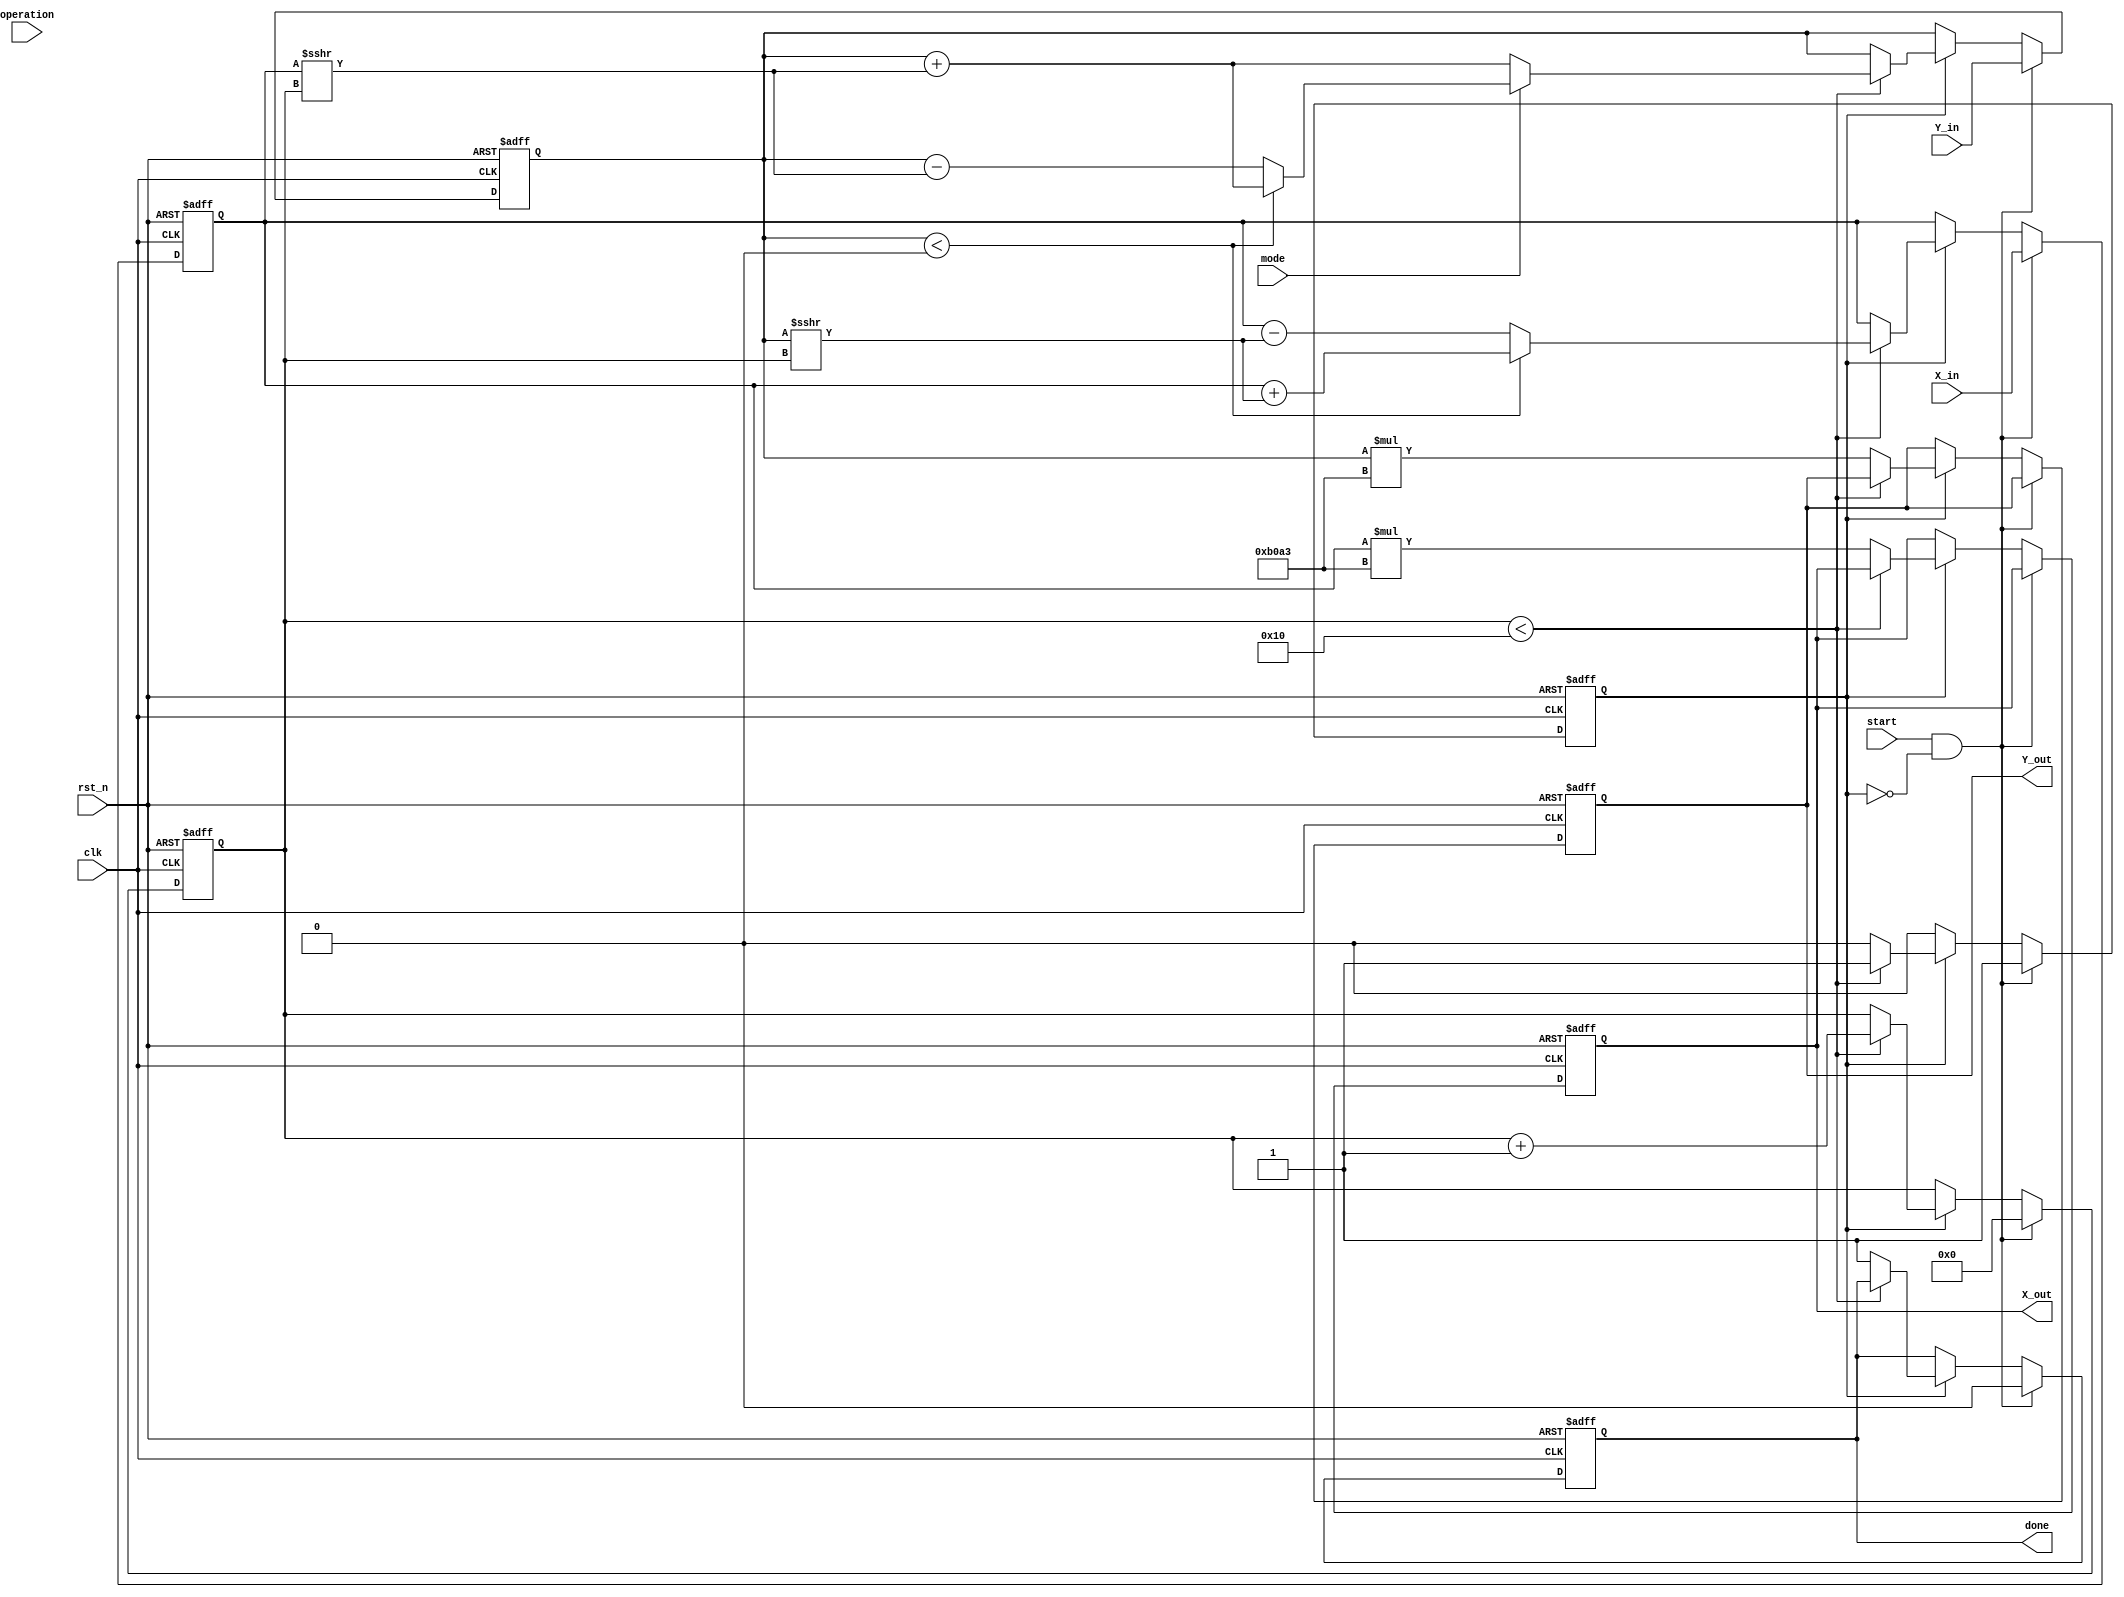
module complex_cordic (
    input clk,
    input rst_n,
    input [15:0] X_in,      // Input real part
    input [15:0] Y_in,      // Input imaginary part
    input [3:0] operation,  // Control signal for rotation or vectoring
    input mode,             // Mode signal: 0 for rotation, 1 for vectoring
    input start,            // Start signal for CORDIC process
    output reg [15:0] X_out, // Output real part
    output reg [15:0] Y_out, // Output imaginary part
    output reg done         // Done signal indicating process completion
);

parameter NUM_ITERATIONS = 16; // Configurable number of iterations
parameter [15:0] scaling_factor = 16'hB0A3; // 1/K for K factor (scaled)

// Internal registers
reg [15:0] X, Y;
reg [15:0] angle_lookup [0:NUM_ITERATIONS-1]; // Angle lookup table
reg [4:0] iteration;  // Iteration counter
reg processing;       // Processing flag

// Initialize angle lookup table (arctangent values)
initial begin
    // Example initialization values (in Q15 format)
    angle_lookup[0]  = 16'hD1BD; // atan(2^0)
    angle_lookup[1]  = 16'hA3D7; // atan(2^-1)
    angle_lookup[2]  = 16'h69F0; // atan(2^-2)
    angle_lookup[3]  = 16'h3C90; // atan(2^-3)
    angle_lookup[4]  = 16'h1E38; // atan(2^-4)
    angle_lookup[5]  = 16'h0F1D; // atan(2^-5)
    angle_lookup[6]  = 16'h07E2; // atan(2^-6)
    angle_lookup[7]  = 16'h03FC; // atan(2^-7)
    angle_lookup[8]  = 16'h01FF; // atan(2^-8)
    angle_lookup[9]  = 16'h00FF; // atan(2^-9)
    angle_lookup[10] = 16'h007F; // atan(2^-10)
    angle_lookup[11] = 16'h003F; // atan(2^-11)
    angle_lookup[12] = 16'h001F; // atan(2^-12)
    angle_lookup[13] = 16'h000F; // atan(2^-13)
    angle_lookup[14] = 16'h0007; // atan(2^-14)
    angle_lookup[15] = 16'h0003; // atan(2^-15)
end

// Finite State Machine for Control
always @(posedge clk or negedge rst_n) begin
    if (!rst_n) begin
        // Reset the values
        X <= 16'd0;
        Y <= 16'd0;
        X_out <= 16'd0;
        Y_out <= 16'd0;
        done <= 1'b0;
        iteration <= 0;
        processing <= 1'b0;
    end else if (start && !processing) begin
        // Start CORDIC process
        X <= X_in;
        Y <= Y_in;
        iteration <= 0;
        done <= 1'b0;
        processing <= 1'b1;
    end else if (processing) begin
        if (iteration < NUM_ITERATIONS) begin
            // CORDIC Rotation or Vectoring Logic
            if (mode == 1'b0) begin // Rotation mode
                if (Y < 0) begin
                    // Right Rotation
                    X <= X + (Y >>> iteration);
                    Y <= Y + (X >>> iteration);
                end else begin
                    // Left Rotation
                    X <= X - (Y >>> iteration);
                    Y <= Y + (X >>> iteration);
                end
            end else begin // Vectoring mode
                if (Y < 0) begin
                    // Adjust for the angle
                    X <= X + (Y >>> iteration);
                    Y <= Y + (X >>> iteration);
                end else begin
                    X <= X - (Y >>> iteration);
                    Y <= Y - (X >>> iteration);
                end
            end
            
            iteration <= iteration + 1;
        end else begin
            // Finished processing
            X_out <= X * scaling_factor; // Scaling the output
            Y_out <= Y * scaling_factor;
            done <= 1'b1;
            processing <= 1'b0;
        end
    end
end

endmodule